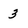
Character: 3